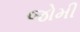
જોમી